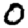
Digit: 0